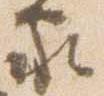
家